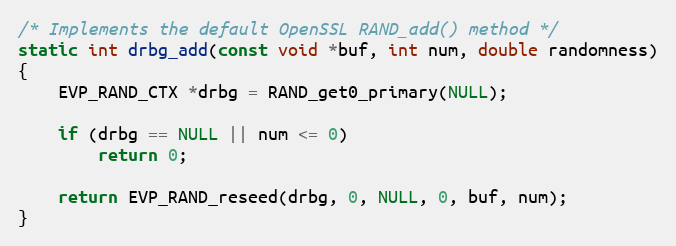
Language: C
/* Implements the default OpenSSL RAND_add() method */
static int drbg_add(const void *buf, int num, double randomness)
{
    EVP_RAND_CTX *drbg = RAND_get0_primary(NULL);

    if (drbg == NULL || num <= 0)
        return 0;

    return EVP_RAND_reseed(drbg, 0, NULL, 0, buf, num);
}